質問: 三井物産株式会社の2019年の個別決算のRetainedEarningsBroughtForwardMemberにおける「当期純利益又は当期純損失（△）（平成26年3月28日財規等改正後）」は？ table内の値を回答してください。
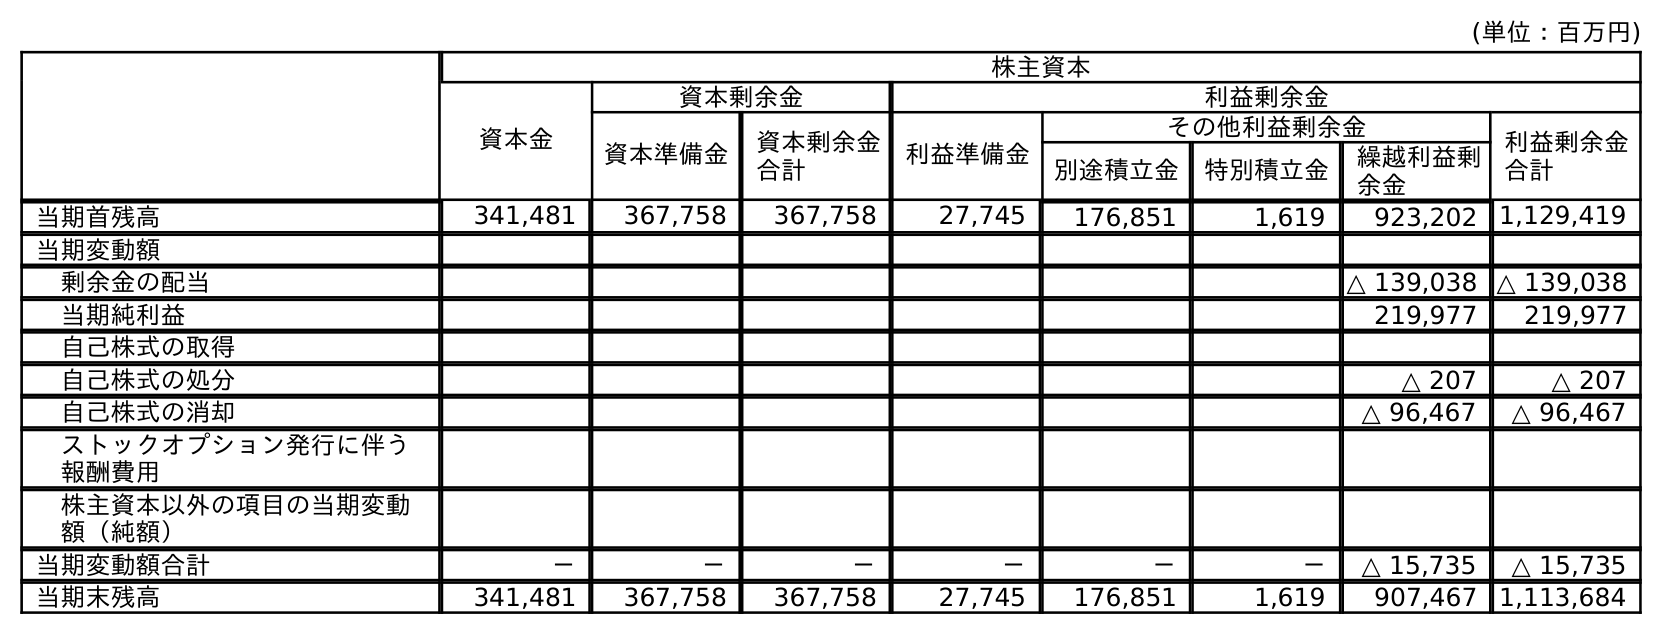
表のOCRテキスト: (単位：百万円) 株主資本 資本金 資本剰余金 利益剰余金 資本準備金 資本剰余金 合計 利益準備金 その他利益剰余金 利益剰余金 合計 別途積立金 特別積立金 繰越利益剰 余金 当期首残高 341,481 367,758 367,758 27,745 176,851 1,619 923,202 1,129,419 当期変動額 剰余金の配当 △ 139,038 △ 139,038 当期純利益 219,977 219,977 自己株式の取得 自己株式の処分 △ 207 △ 207 自己株式の消却 △ 96,467 △ 96,467 ストックオプション発行に伴う 報酬費用 株主資本以外の項目の当期変動 額（純額） 当期変動額合計 － － － － － － △ 15,735 △ 15,735 当期末残高 341,481 367,758 367,758 27,745 176,851 1,619 907,467 1,113,684
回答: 219,977